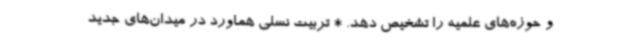
و حوزه‌های علمیه را تشخیص دهد. * تربیت نسلی هماورد در میدان‌های جدید